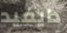
دايفيد